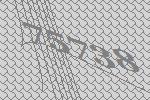
75738